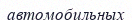
автомобильных